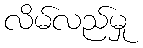
လိမ်လည်မှု